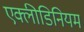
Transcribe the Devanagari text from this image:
एक्लीडिनियम